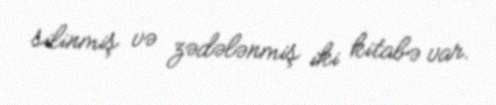
silinmiş və zədələnmiş iki kitabə var.